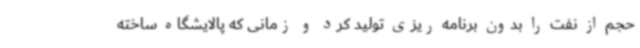
حجم از نفت را بدون برنامه ریزی تولید کرد و زمانی که پالایشگاه ساخته